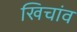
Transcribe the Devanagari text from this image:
खिचांव